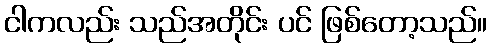
ငါကလည်း သည်အတိုင်း ပင် ဖြစ်တော့သည်။